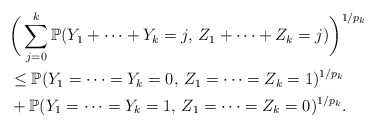
\begin{align*}& \bigg(\sum_{j=0}^{k} \mathbb{P}(Y_1+\cdots+Y_k=j,\, Z_1+\cdots+Z_k=j)\bigg)^{1/p_k} \\& \leq \mathbb{P}(Y_1=\cdots=Y_k=0,\, Z_1=\cdots=Z_k=1)^{1/p_k} \\& + \mathbb{P}(Y_1=\cdots=Y_k=1,\, Z_1=\cdots=Z_k=0)^{1/p_k}.\end{align*}